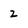
Character: 2